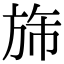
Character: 旆